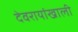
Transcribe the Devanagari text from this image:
देवरायांखाली